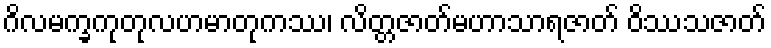
ဂိလမက္ခကုတုလဟမာတုကဿ၊ လိတ္တဇာတ်မဟာသာရဇာတ် ဝိဿသဇာတ်